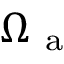
\Omega _ { \mathrm { ~ a ~ } }